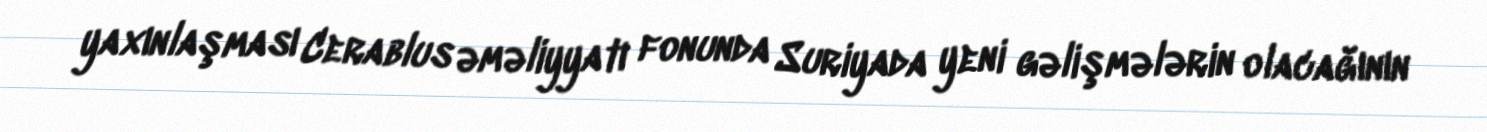
yaxınlaşması Cerablus əməliyyatı fonunda Suriyada yeni gəlişmələrin olacağının